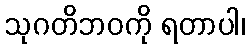
သုဂတိဘဝကို ရတာပါ၊